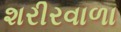
શરીરવાળા